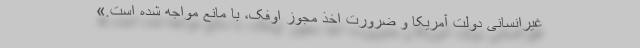
غیرانسانی دولت آمریکا و ضرورت اخذ مجوز اوفک، با مانع مواجه شده است.»